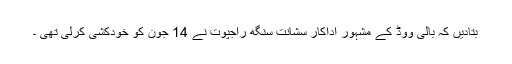
بتادیں کہ بالی ووڈ کے مشہور اداکار سشانت سنگھ راجپوت نے 14 جون کو خودکشی کرلی تھی ۔